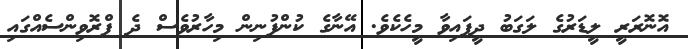
އޮނޮރަރީ ލީޑަރުގެ ލަގަބު ދީފައިވާ މީހެކެވެ. އޭނާގެ ކުންފުނިން މިހާރުވެސް ދެ ޕްރޮވިންސެއްގައި